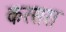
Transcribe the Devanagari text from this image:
करसरा